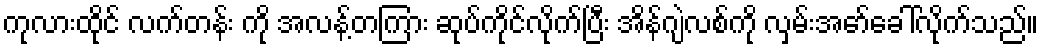
ကုလားထိုင် လက်တန်း ကို အလန့်တကြား ဆုပ်ကိုင်လိုက်ပြီး အိန်ဂျဲလစ်ကို လှမ်းအော်ခေါ်လိုက်သည်။